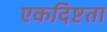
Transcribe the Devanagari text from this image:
एकदिष्टता